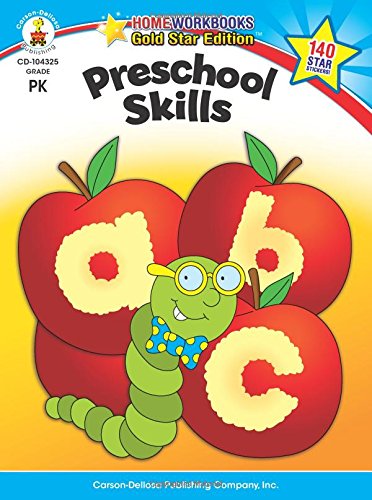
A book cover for Preschool Skills: Gold Star Edition (Home Workbooks); Education & Teaching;